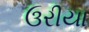
ઉરીયા